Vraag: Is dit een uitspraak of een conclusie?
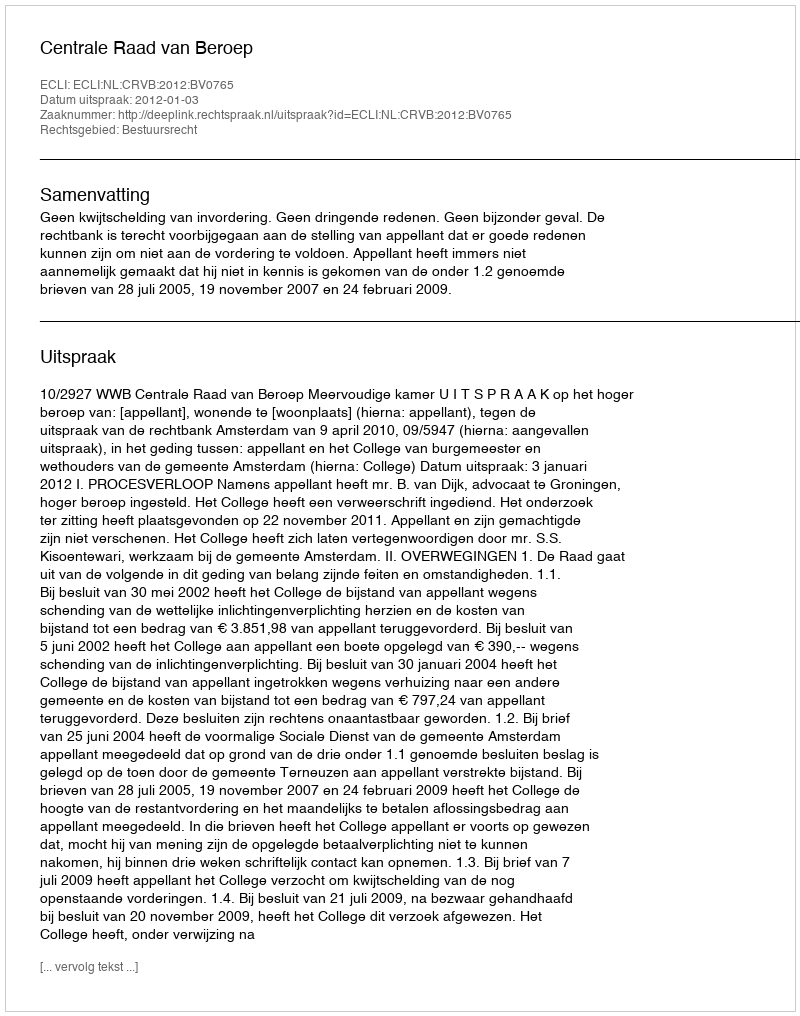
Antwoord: Uitspraak